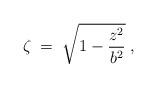
LaTeX: \begin{align*}\zeta\;=\;\sqrt{ 1-{z^2\over b^2}}\;,\end{align*}